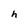
Character: h